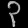
Digit: ၃